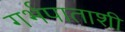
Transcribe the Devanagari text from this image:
गर्भपाताशी